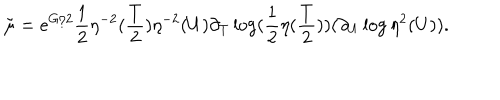
LaTeX: { \tilde { \mu } } = e ^ { G / 2 } \frac { 1 } { 2 } \eta ^ { - 2 } ( \frac { T } { 2 } ) \eta ^ { - 2 } ( U ) \partial _ { T } \log ( \frac { 1 } { 2 } \eta ( \frac { T } { 2 } ) ) ( \partial _ { U } \log \eta ^ { 2 } ( U ) ) .